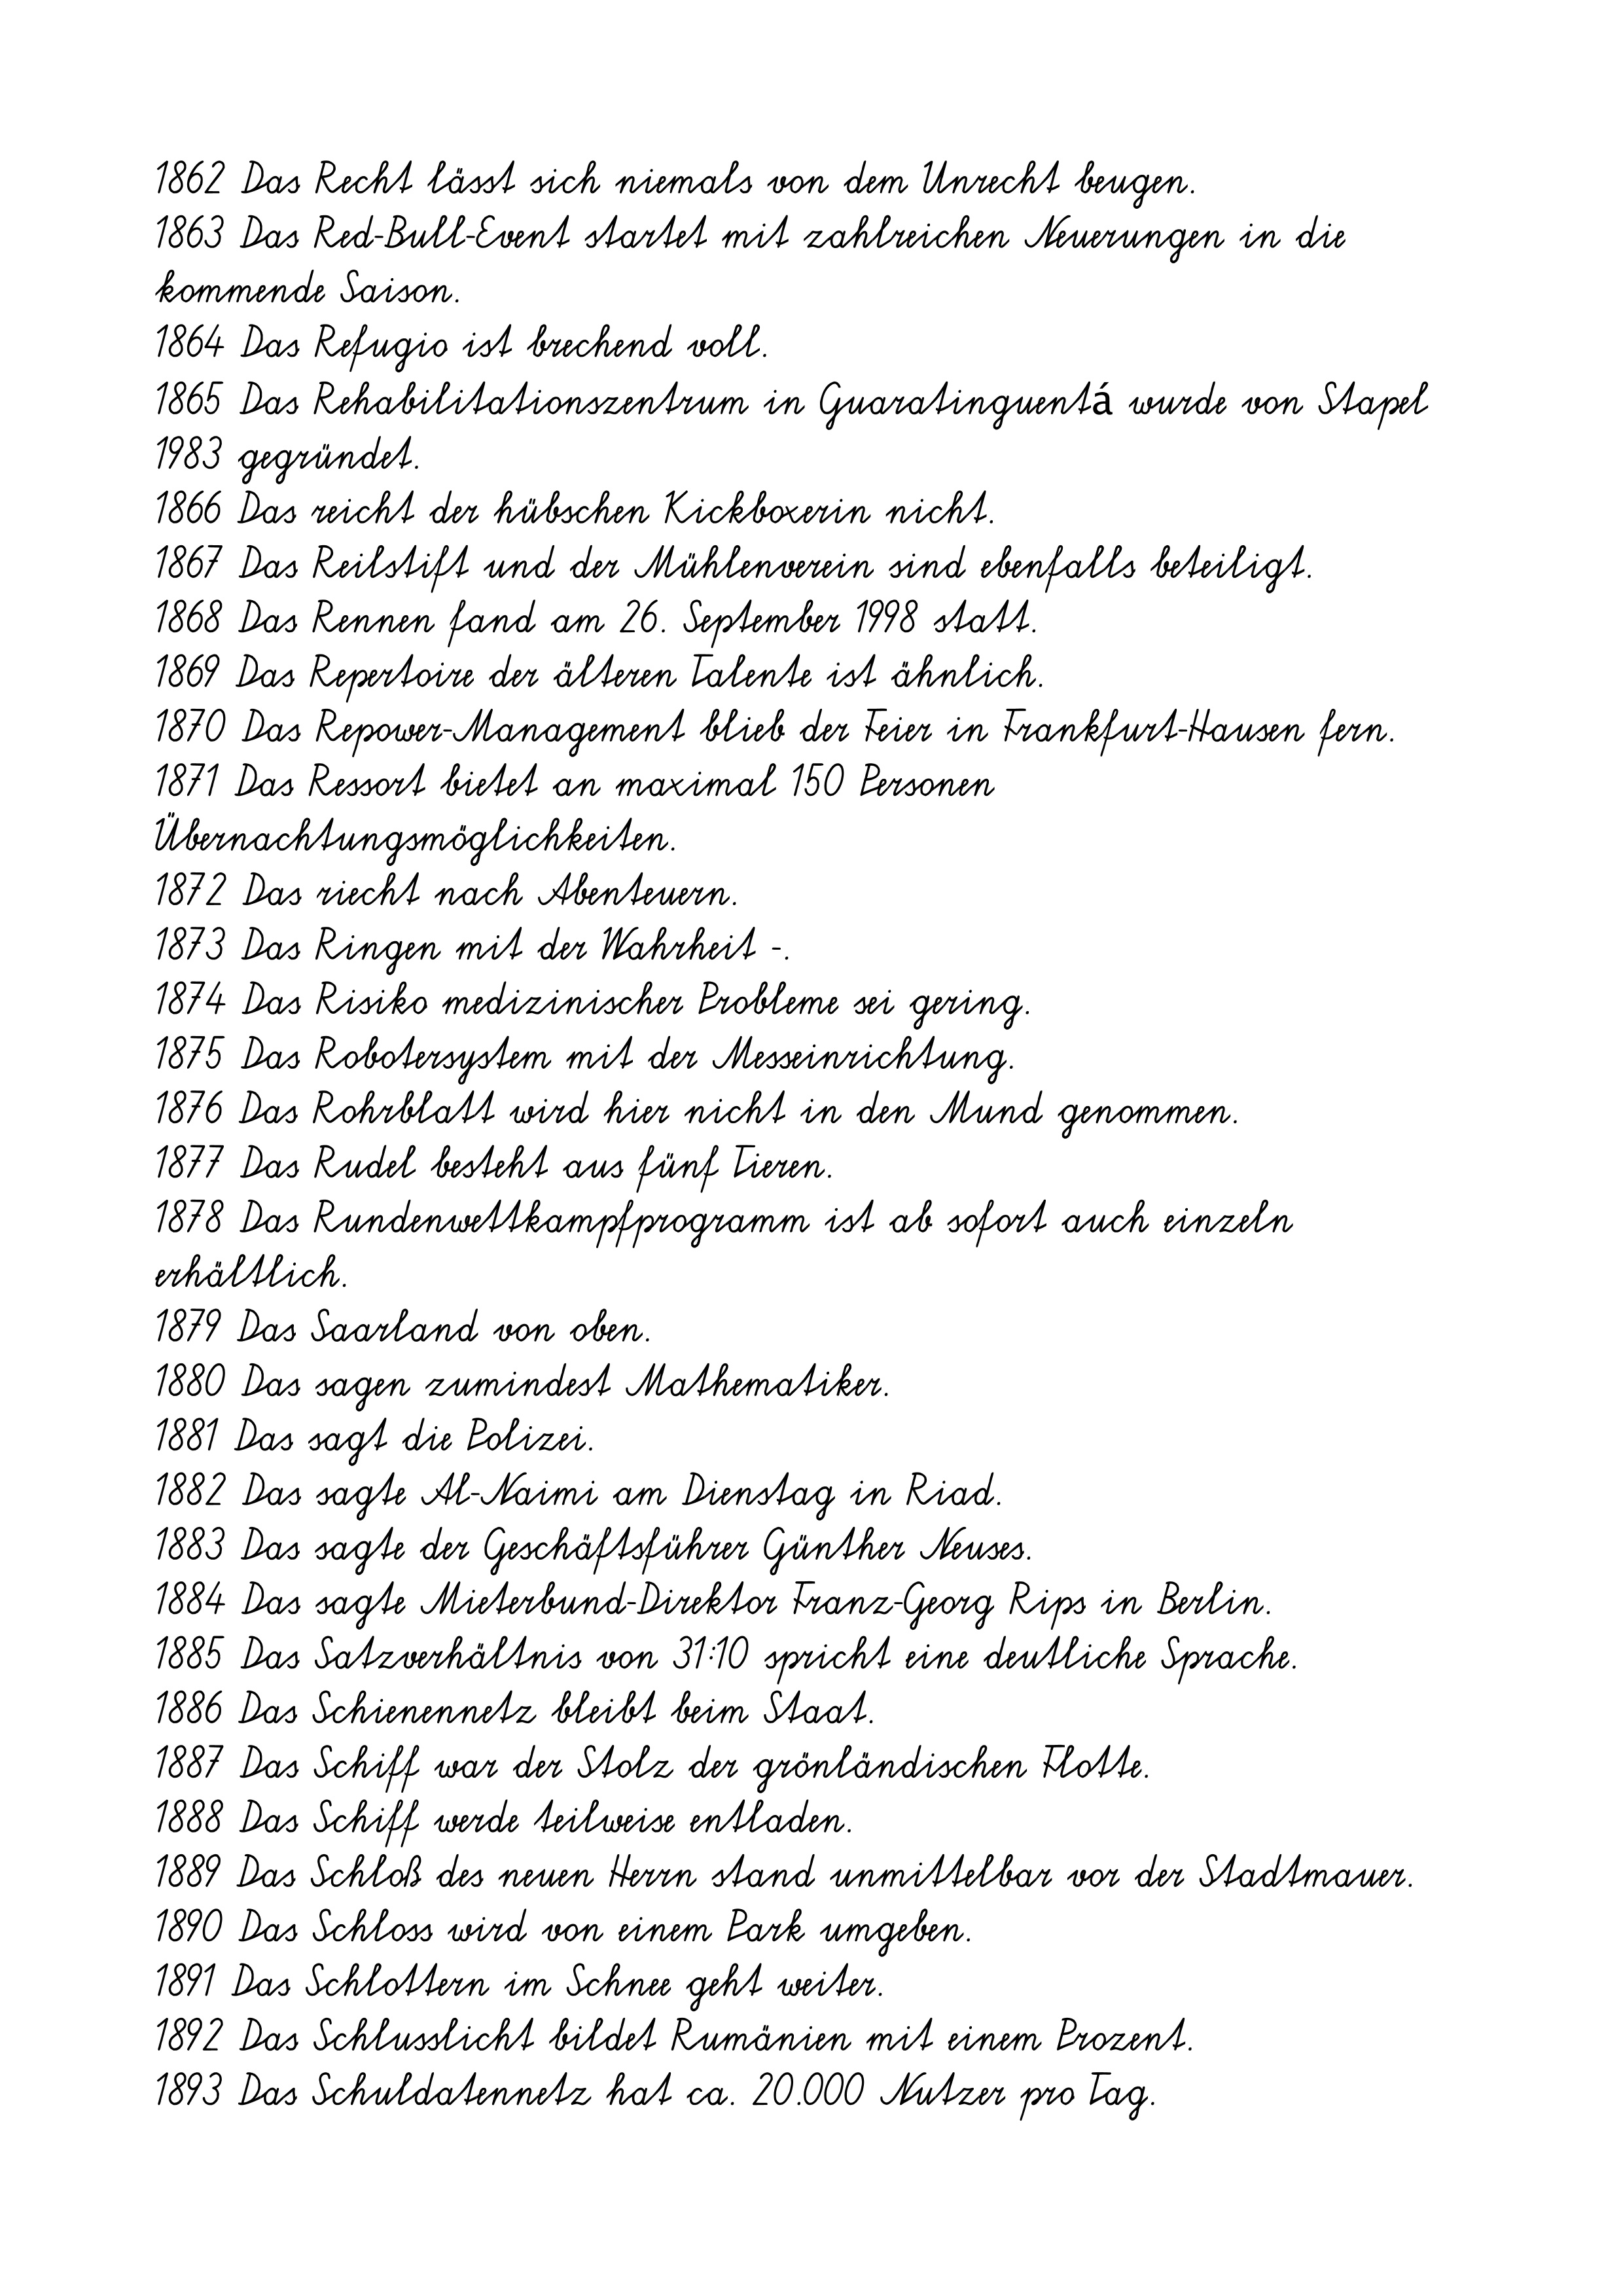
1862 Das Recht lässt sich niemals von dem Unrecht beugen.
1863 Das Red-Bull-Event startet mit zahlreichen Neuerungen in die
kommende Saison.
1864 Das Refugio ist brechend voll.
1865 Das Rehabilitationszentrum in Guaratinguentá wurde von Stapel
1983 gegründet.
1866 Das reicht der hübschen Kickboxerin nicht.
1867 Das Reilstift und der Mühlenverein sind ebenfalls beteiligt.
1868 Das Rennen fand am 26. September 1998 statt.
1869 Das Repertoire der älteren Talente ist ähnlich.
1870 Das Repower-Management blieb der Feier in Frankfurt-Hausen fern.
1871 Das Ressort bietet an maximal 150 Personen
Übernachtungsmöglichkeiten.
1872 Das riecht nach Abenteuern.
1873 Das Ringen mit der Wahrheit -.
1874 Das Risiko medizinischer Probleme sei gering.
1875 Das Robotersystem mit der Messeinrichtung.
1876 Das Rohrblatt wird hier nicht in den Mund genommen.
1877 Das Rudel besteht aus fünf Tieren.
1878 Das Rundenwettkampfprogramm ist ab sofort auch einzeln
erhältlich.
1879 Das Saarland von oben.
1880 Das sagen zumindest Mathematiker.
1881 Das sagt die Polizei.
1882 Das sagte Al-Naimi am Dienstag in Riad.
1883 Das sagte der Geschäftsführer Günther Neuses.
1884 Das sagte Mieterbund-Direktor Franz-Georg Rips in Berlin.
1885 Das Satzverhältnis von 31:10 spricht eine deutliche Sprache.
1886 Das Schienennetz bleibt beim Staat.
1887 Das Schiff war der Stolz der grönländischen Flotte.
1888 Das Schiff werde teilweise entladen.
1889 Das Schloß des neuen Herrn stand unmittelbar vor der Stadtmauer.
1890 Das Schloss wird von einem Park umgeben.
1891 Das Schlottern im Schnee geht weiter.
1892 Das Schlusslicht bildet Rumänien mit einem Prozent.
1893 Das Schuldatennetz hat ca. 20.000 Nutzer pro Tag.